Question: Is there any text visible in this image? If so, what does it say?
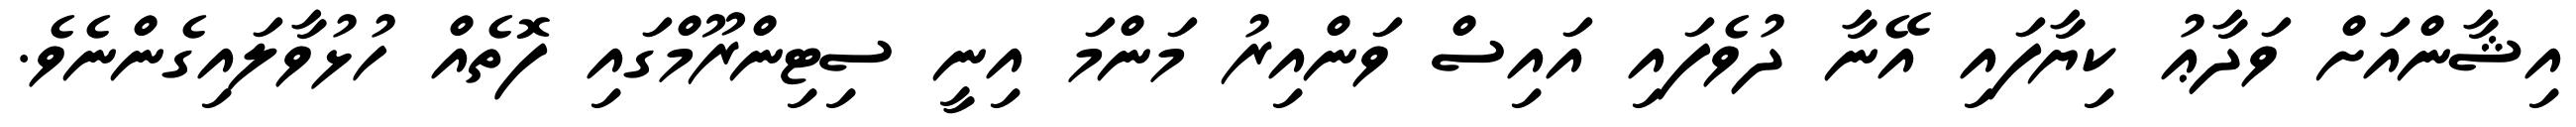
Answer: އިޝާންއަށް ވަދާޢު ކިޔާފައި އޭނާ ދުވެފައި އައިސް ވަންއިރު މަންމަ އިނީ ސިޓިންރޫމްގައި ފޮތެއް ހުޅުވާލައިގެންނެވެ.